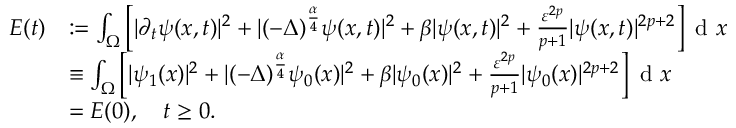
\begin{array} { r l } { E ( t ) } & { : = \int _ { \Omega } \left[ | \partial _ { t } \psi ( x , t ) | ^ { 2 } + | ( - \Delta ) ^ { \frac { \alpha } { 4 } } \psi ( x , t ) | ^ { 2 } + \beta | \psi ( x , t ) | ^ { 2 } + \frac { \varepsilon ^ { 2 p } } { p + 1 } | \psi ( x , t ) | ^ { 2 p + 2 } \right] \textrm { d } x } \\ & { \equiv \int _ { \Omega } \left[ | \psi _ { 1 } ( x ) | ^ { 2 } + | ( - \Delta ) ^ { \frac { \alpha } { 4 } } \psi _ { 0 } ( x ) | ^ { 2 } + \beta | \psi _ { 0 } ( x ) | ^ { 2 } + \frac { \varepsilon ^ { 2 p } } { p + 1 } | \psi _ { 0 } ( x ) | ^ { 2 p + 2 } \right] \textrm { d } x } \\ & { = E ( 0 ) , \quad t \geq 0 . } \end{array}